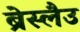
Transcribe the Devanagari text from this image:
ब्रेस्लैउ